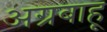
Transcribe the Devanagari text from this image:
अग्रबाहू